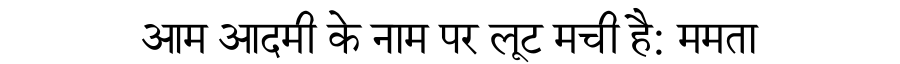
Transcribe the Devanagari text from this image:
आम आदमी के नाम पर लूट मची है: ममता